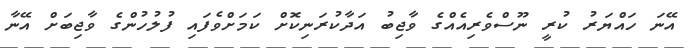
އޭނަ ހައްޔަރު ކުރީ ނޫސްވެރިއެއްގެ ވާޖިބު އަދާކުރަނިކޮށް ކަމަށްވެފައި ފުލުހުންގެ ވާޖިބަށް އޭނާ